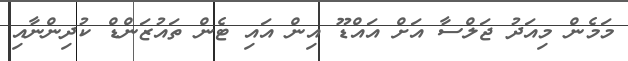
މަމެން މިއަދު ޖަލްސާ އަށް އައްޑޫ އިން އައި ޓެން ތައުޒަންޑް ކުދިންނާއި